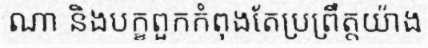
ណា និងបក្ខពួកកំពុងតែប្រព្រឹត្តយ៉ាង